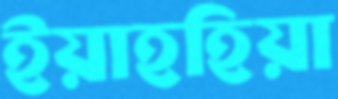
ইয়াহহিয়া